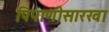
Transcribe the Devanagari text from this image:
पिपाणीसारखा